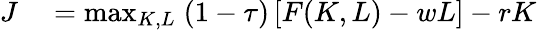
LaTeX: \begin{array}{rl}{J}&{{}=\operatorname*{max}_{K,L}\; (1-\tau)\left[F(K,L)-wL\right]-rK}\end{array}